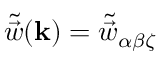
\tilde { \vec { w } } ( \mathbf { k } ) = \tilde { \vec { w } } _ { \alpha \beta \zeta }